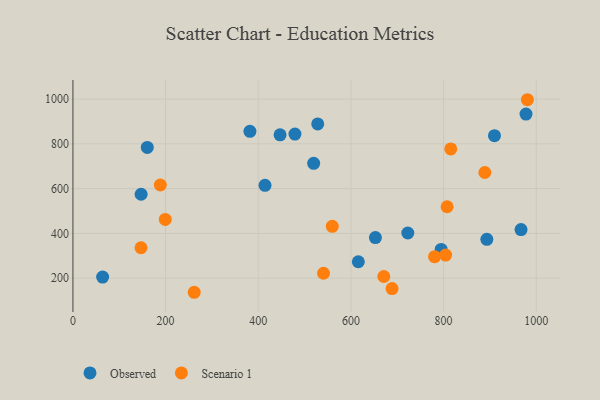
{"axis": {"x": "Investment", "y": "Rating"}, "legend": ["Observed", "Scenario 1"], "data": [{"x": "528.4", "y": 889.2, "type": "Observed"}, {"x": "616.0", "y": 273.3, "type": "Observed"}, {"x": "794.8", "y": 328.3, "type": "Observed"}, {"x": "909.9", "y": 836.8, "type": "Observed"}, {"x": "447.1", "y": 840.6, "type": "Observed"}, {"x": "382.0", "y": 856.2, "type": "Observed"}, {"x": "893.4", "y": 373.4, "type": "Observed"}, {"x": "64.1", "y": 205.1, "type": "Observed"}, {"x": "722.8", "y": 401.9, "type": "Observed"}, {"x": "652.9", "y": 381.5, "type": "Observed"}, {"x": "479.2", "y": 843.7, "type": "Observed"}, {"x": "967.2", "y": 417.0, "type": "Observed"}, {"x": "977.9", "y": 933.3, "type": "Observed"}, {"x": "160.5", "y": 784.1, "type": "Observed"}, {"x": "147.2", "y": 574.9, "type": "Observed"}, {"x": "414.6", "y": 614.6, "type": "Observed"}, {"x": "519.6", "y": 712.9, "type": "Observed"}, {"x": "146.9", "y": 336.0, "type": "Scenario 1"}, {"x": "815.5", "y": 777.3, "type": "Scenario 1"}, {"x": "804.4", "y": 303.4, "type": "Scenario 1"}, {"x": "688.8", "y": 153.4, "type": "Scenario 1"}, {"x": "780.6", "y": 296.0, "type": "Scenario 1"}, {"x": "559.8", "y": 431.6, "type": "Scenario 1"}, {"x": "807.6", "y": 519.1, "type": "Scenario 1"}, {"x": "540.9", "y": 222.1, "type": "Scenario 1"}, {"x": "980.9", "y": 997.2, "type": "Scenario 1"}, {"x": "199.3", "y": 462.4, "type": "Scenario 1"}, {"x": "261.8", "y": 137.0, "type": "Scenario 1"}, {"x": "671.0", "y": 207.4, "type": "Scenario 1"}, {"x": "188.6", "y": 616.2, "type": "Scenario 1"}, {"x": "889.1", "y": 672.1, "type": "Scenario 1"}]}